system: You are a helpful assistant.
user:
Analyze the provided spectrum to determine if it is a **S-type Star**.

- **Key Indicators for S-type Star:**

    - **(Overall Spectrum Shape):** The first and most obvious characteristic is the overall continuum (the "baseline" shape). It is **extremely "red-sloping,"** meaning the flux (light intensity) is very low on the left side (blue, ~4000-4500 Å) and rises steeply and continuously toward the right side (red, ~7000 Å+).

    - **(Primary):** The spectrum is defined by the presence of strong, broad molecular absorption "valleys" (bands) from **Zirconium Oxide (ZrO)**. The identification of these bands is the **primary requirement** for classifying a star as S-type.
        - **(Key Bandheads):** You must find distinct, deep "dips" where the light has been absorbed. The most critical band systems to locate are:
            - **~6474 Å** ($\gamma$-system): This is often the strongest and clearest ZrO feature, found in the red part of the spectrum.
            - **~5718 Å** & **~5551 Å** ($\beta$-system): A pair of prominent absorption features in the yellow-orange part of the spectrum.
            - **~4640 Å** ($\alpha$-system): A key absorption band system in the blue-green region of the spectrum.

    - **(Secondary Confirmation):** The classification is strengthened by finding additional absorption bands from other related heavy element oxides, which are expected to be present alongside ZrO.
        - **(Key Bandheads):**
            - **Yttrium Oxide (YO):** Look for absorption dips near **~4800 Å** and **~6100 Å**.
            - **Lanthanum Oxide (LaO):** Additional absorption features, particularly in the red-orange part of the spectrum, are also characteristic.

    - **(Line Profile):** The combination of the steep red continuum and these numerous, deep molecular bands (ZrO, YO, etc.) gives the entire spectrum a very **"chopped-up"** or **"bumpy"** appearance. Instead of a smooth curve, the spectrum looks as though large, wide chunks of light have been "carved out" of it at the specific wavelengths listed above.

Think first, call **spectral_visualization_tool** if needed to examine features in detail, then provide your final answer. Your response must adhere to the following strict rules:
1.  **Overall Structure:** Your response must follow the format `<think>...</think> <tool_call>...</tool_call> (if a tool is used) <answer>...</answer>`.
2.  **Tool Usage Constraint:** You may only make **one** tool call per turn.
3.  **Final Answer Format:** In the `<answer>` tag, your conclusion must be inside a `\boxed{}` command (e.g., `\boxed{YES}` or `\boxed{NO}`), followed by your justification.

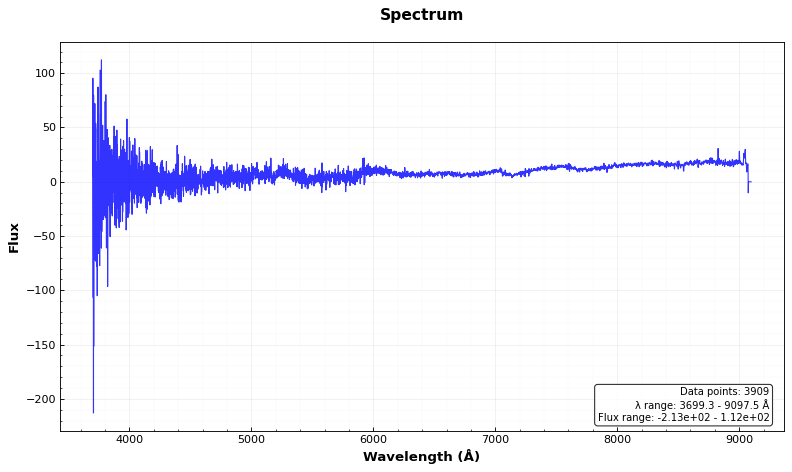
Answer: YES